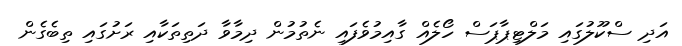
އަދި ސްކޫލުގައި މަލްޓިޕާޕަސް ހޯލެއް ގާއިމުވެފައި ނެތުމުން ދިމާވާ ދަތިތަކާއި ރަށުގައި ތިބެގެން